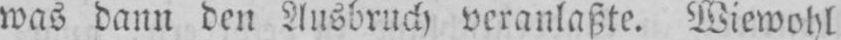
was dann den Ausbruch veranlaßte. Wiewohl